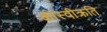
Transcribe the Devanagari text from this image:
कीस्वीक्रति